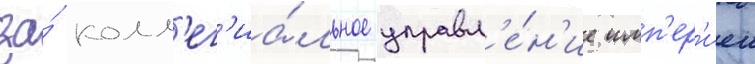
за́ колл'ег'иа́льное управл'е́н'ие имп'ер'иеи